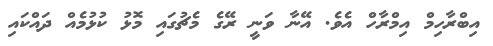
އިބްރާހިމް އިމްރާހް އެވެ. އޭނާ ވަނީ ރޭގެ މެޗުގައި މޮޅު ކުޅުމެއް ދައްކައި